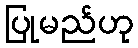
ပြုမည်ဟု